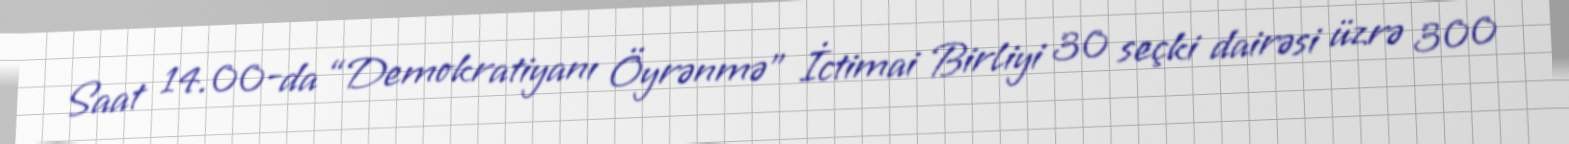
Saat 14.00-da “Demokratiyanı Öyrənmə” İctimai Birliyi 30 seçki dairəsi üzrə 300